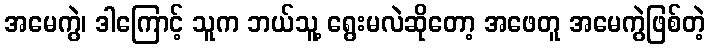
အမေကွဲ၊ ဒါကြောင့် သူက ဘယ်သူ့ ရွေးမလဲဆိုတော့ အဖေတူ အမေကွဲဖြစ်တဲ့